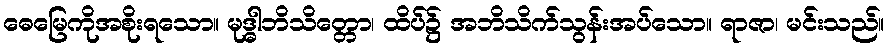
ဓေမြေကိုအစိုးရသော။ မုဒ္ဓါဘိသိတ္တော၊ ထိပ်၌ အဘိသိက်သွန်းအပ်သော။ ရာဇာ၊ မင်းသည်။